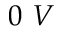
0 \ V